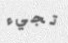
تجيء